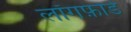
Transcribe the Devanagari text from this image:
लॉगफ़ोर्ड